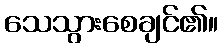
သေသွားစေချင်၏။